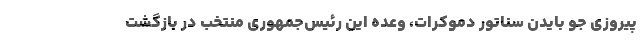
پیروزی جو بایدن سناتور دموکرات، وعده این رئیس‌جمهوری منتخب در بازگشت